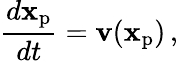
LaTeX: \frac{d\textbf{x}_{\mathrm{p}}}{dt}=\textbf{v}(\textbf{x}_{\mathrm{p}})\, ,